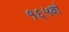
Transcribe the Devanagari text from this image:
१६५वां